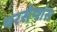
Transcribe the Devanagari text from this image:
परसेप्शंस